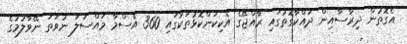
އެގޮތުން ދިރާސާއިން ދައްކާގޮތުގައި ރާއްޖޭގެ އެކިކަންކޮޅުތަކުގައި 360 އެސްމާ މައްސަލަ ނުވަތަ ނޭވާލުމުގެ